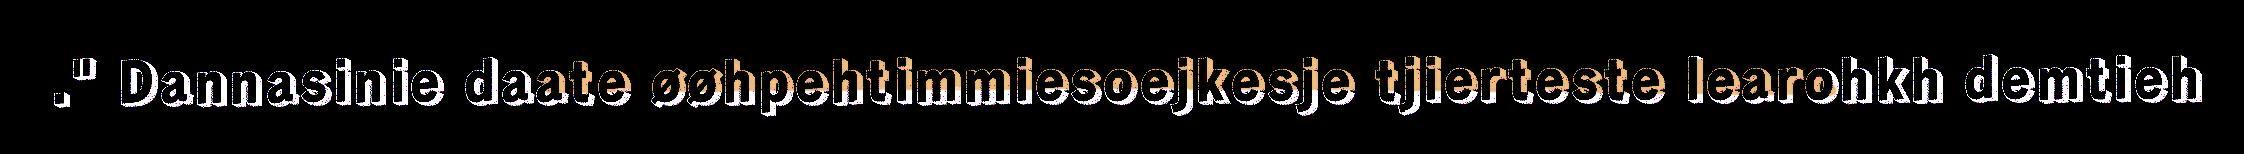
." Dannasinie daate øøhpehtimmiesoejkesje tjierteste learohkh demtieh